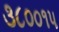
૩૮૦૦૧૫